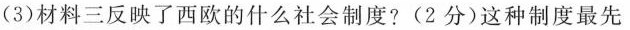
(3)材料三反映了西欧的什么社会制度?(2分)这种制度最先